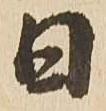
日